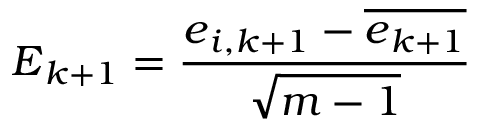
\boldsymbol { E } _ { k + 1 } = \frac { \boldsymbol { e } _ { i , k + 1 } - \overline { { \boldsymbol { e } _ { k + 1 } } } } { \sqrt { m - 1 } }